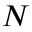
N